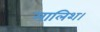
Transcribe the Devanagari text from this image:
मालिश।